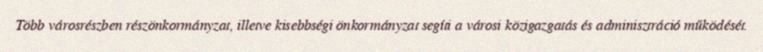
Több városrészben részönkormányzat, illetve kisebbségi önkormányzat segíti a városi közigazgatás és adminisztráció működését.